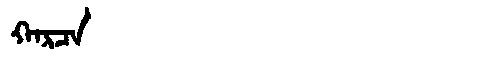
Manchu: ᡴᠠᡵᠴᠠ
Romanization: KARCA